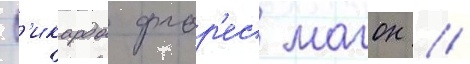
Р'икардо флор'ес магон //